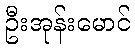
ဦးအုန်းမောင်